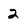
Character: 2